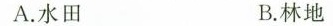
A.水田 B.林地